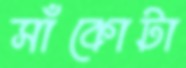
সাঁকোটা